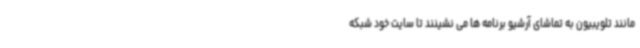
مانند تلویبیون به تماشای آرشیو برنامه ها می نشینند تا سایت خود شبکه